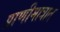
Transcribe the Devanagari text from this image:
प्राणीमात्रात